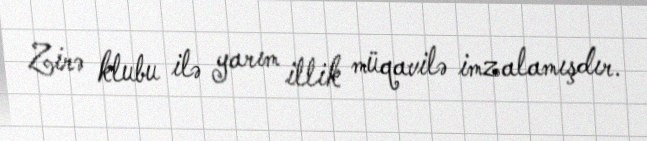
Zirə klubu ilə yarım illik müqavilə imzalamışdır.